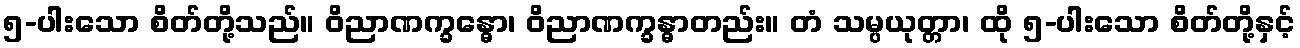
၅-ပါးသော စိတ်တို့သည်။ ဝိညာဏက္ခန္ဓော၊ ဝိညာဏက္ခန္ဓာတည်း။ တံ သမ္ပယုတ္တာ၊ ထို ၅-ပါးသော စိတ်တို့နှင့်